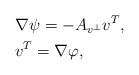
LaTeX: \begin{align*} &\nabla \psi=-A_{v^\perp}v^T,\\& v^T=\nabla \varphi,\end{align*}